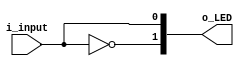
`timescale 1ns / 1ps

module CONTROL_LED(
    i_input,
    o_LED
    );
    
    input i_input;
    output [1:0] o_LED;
        
    // reg Q;
        
    // always @(i_input)
    // begin
    //     Q = i_input;
    // end
    
    assign o_LED[0] = i_input;
    assign o_LED[1] = ~i_input;
    
endmodule